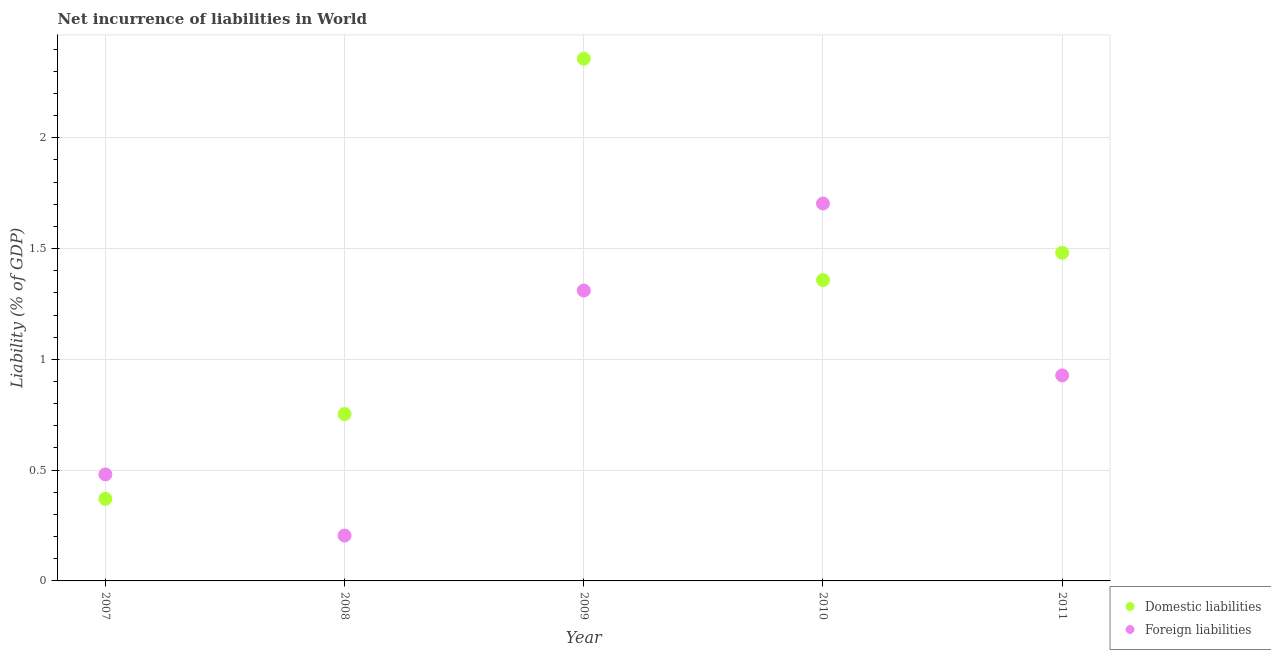
| Year | Domestic liabilities | Foreign liabilities |
 | --- | --- | --- |
 | 2007 | 0.371 | 0.481 |
 | 2008 | 0.753 | 0.205 |
 | 2009 | 2.36 | 1.31 |
 | 2010 | 1.36 | 1.7 |
 | 2011 | 1.48 | 0.927 |